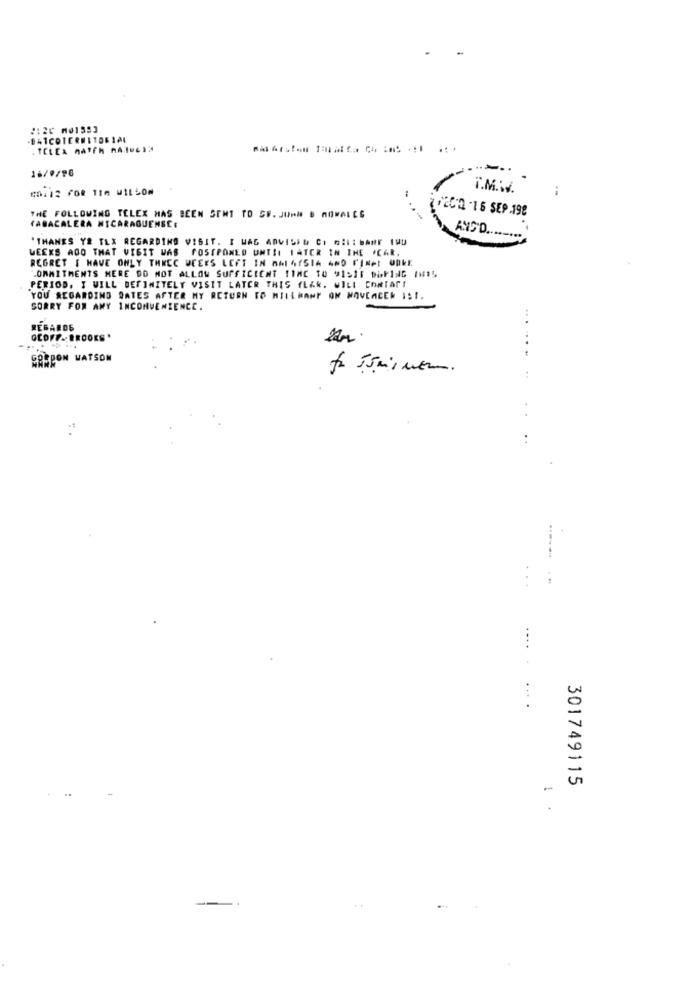
2120 M01593
. TELEA MATEN AAIOLI
16/0/96
---.
/20-2 -16 SEP.198
THE FOLLOWING TELEX HAS BEEN SENT TO SF. JOHN B NOMALES
TABACALERA NICARAGUENSE.
3ANS'D ...
"THANES Y# TLX REGARDING VISIT. I WAS ADVISED CI niI: bANT INU
WEEKS AGO THAT VIGIT WAS POSTPONED UNTIL LATER IN THE CAR,
REGRET I HAVE ONLY THEEC WEEKS LEFT IN MALAYSIA AND FINAL UKE
COMMITMENTS MERE DO NOT ALLOW SUFFICIENT TIME TO 915IF DOPING (H15
PERIOD. I WILL DEFINITELY VISIT LATER THIS YEAR. WILL CONTACT
YOU REGARDING BATES AFTER MY RETURN TO MILLWANT ON MOVEACER IS !.
SORRY FOR ANY INCONVENIENCE.
REGARDE
GEOFF. BROOKS .
.......
GORDON WATSON
..
....
301749115
-